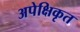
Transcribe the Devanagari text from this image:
अपेक्षिकृत